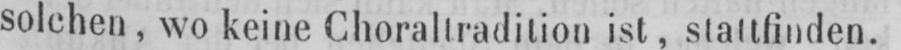
solchen, wo keine Choraltradition ist, stattfinden.